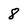
Character: 8